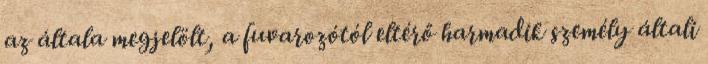
az általa megjelölt, a fuvarozótól eltérő harmadik személy általi